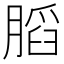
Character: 𰗋